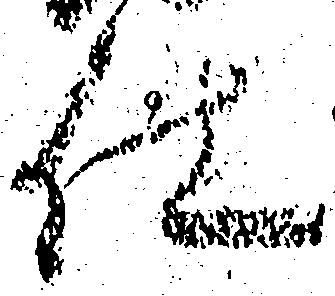
仕